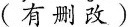
(有删改)